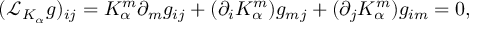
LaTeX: ( { \mathcal L } _ { K _ { \alpha } } g ) _ { i j } = K _ { \alpha } ^ { m } \partial _ { m } g _ { i j } + ( \partial _ { i } K _ { \alpha } ^ { m } ) g _ { m j } + ( \partial _ { j } K _ { \alpha } ^ { m } ) g _ { i m } = 0 ,